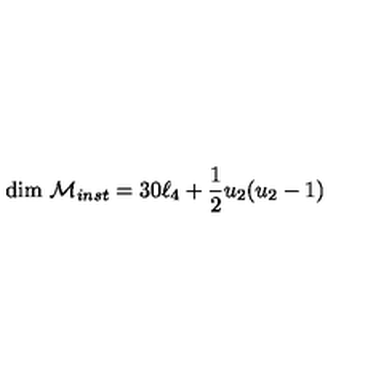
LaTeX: \mathrm { d i m } \ { \cal M } _ { i n s t } = 3 0 \ell _ { 4 } + \frac 1 2 u _ { 2 } ( u _ { 2 } - 1 )